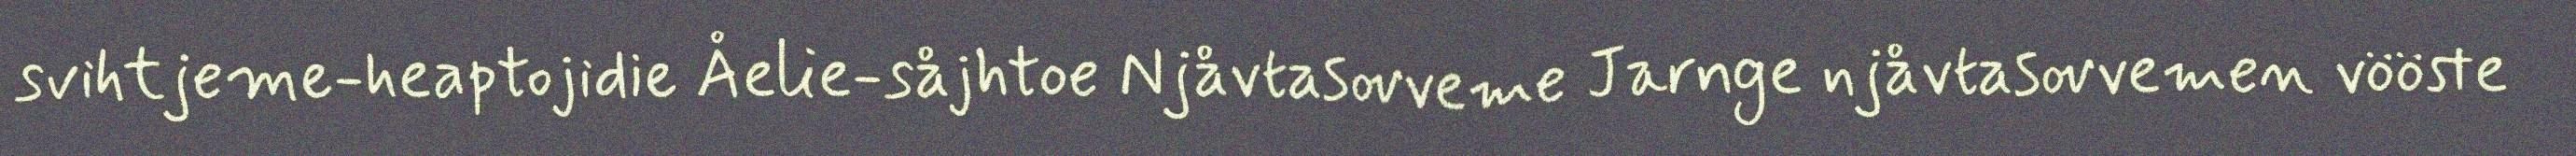
svihtjeme-heaptojidie Åelie-såjhtoe Njåvtasovveme Jarnge njåvtasovvemen vööste